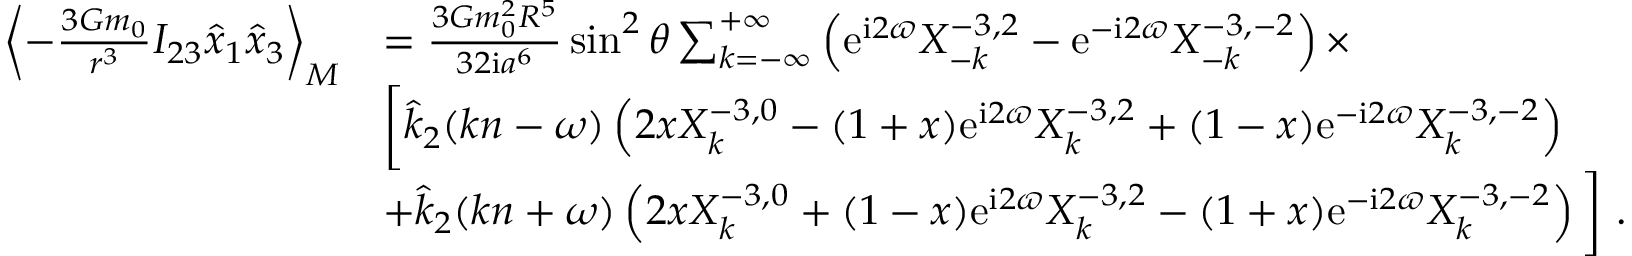
\begin{array} { r l } { \left\langle - \frac { 3 { \cal G } m _ { 0 } } { r ^ { 3 } } I _ { 2 3 } \hat { x } _ { 1 } \hat { x } _ { 3 } \right\rangle _ { M } } & { = \frac { 3 { \cal G } m _ { 0 } ^ { 2 } R ^ { 5 } } { 3 2 \mathrm { i } a ^ { 6 } } \sin ^ { 2 } \theta \sum _ { k = - \infty } ^ { + \infty } \left( \mathrm { e } ^ { \mathrm { i } 2 \varpi } X _ { - k } ^ { - 3 , 2 } - \mathrm { e } ^ { - \mathrm { i } 2 \varpi } X _ { - k } ^ { - 3 , - 2 } \right) \times } \\ & { \bigg [ \hat { k } _ { 2 } ( k n - \omega ) \left( 2 x X _ { k } ^ { - 3 , 0 } - ( 1 + x ) \mathrm { e } ^ { \mathrm { i } 2 \varpi } X _ { k } ^ { - 3 , 2 } + ( 1 - x ) \mathrm { e } ^ { - \mathrm { i } 2 \varpi } X _ { k } ^ { - 3 , - 2 } \right) } \\ & { + \hat { k } _ { 2 } ( k n + \omega ) \left( 2 x X _ { k } ^ { - 3 , 0 } + ( 1 - x ) \mathrm { e } ^ { \mathrm { i } 2 \varpi } X _ { k } ^ { - 3 , 2 } - ( 1 + x ) \mathrm { e } ^ { - \mathrm { i } 2 \varpi } X _ { k } ^ { - 3 , - 2 } \right) \bigg ] \ . } \end{array}